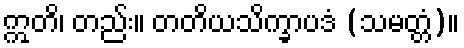
ဣတိ၊ တည်း။ တတိယသိက္ခာပဒံ (သမတ္တံ)။